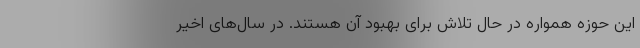
این حوزه همواره در حال تلاش برای بهبود آن هستند. در سال‌های اخیر